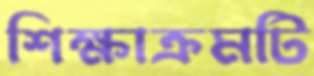
শিক্ষাক্রমটি